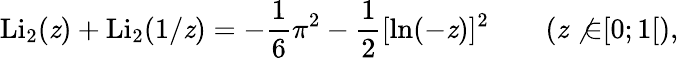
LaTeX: \operatorname{Li}_{2}(\mathit{z})+\operatorname{Li}_{2}(1/\mathit{z})=-{\frac{{1}}{{6}}}\pi^{2}-{\frac{{1}}{{2}}}[\ln(-\mathit{z})]^{2}\qquad(\mathit{z}\not{\in}[0;1[),